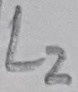
Text: L2